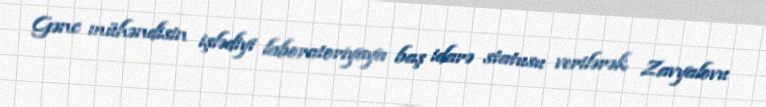
Gənc mühəndisin işlədiyi laboratoriyaya baş idarə statusu verilərək Zavyalovu